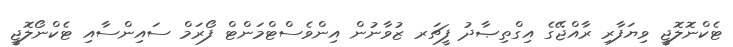
ޓެކްނޮލޮޖީ ވިޔަފާރި ރާއްޖޭގެ އިގްތިޞާދު ފީޗަރ ޒުވާނުން އިންވެސްޓްމަންޓް ފޯރަމް ސައިންސާއި ޓެކްނޯލޮޖީ